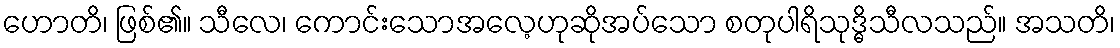
ဟောတိ၊ ဖြစ်၏။ သီလေ၊ ကောင်းသောအလေ့ဟုဆိုအပ်သော စတုပါရိသုဒ္ဓိသီလသည်။ အသတိ၊